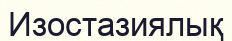
Изостазиялық